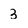
Character: 3